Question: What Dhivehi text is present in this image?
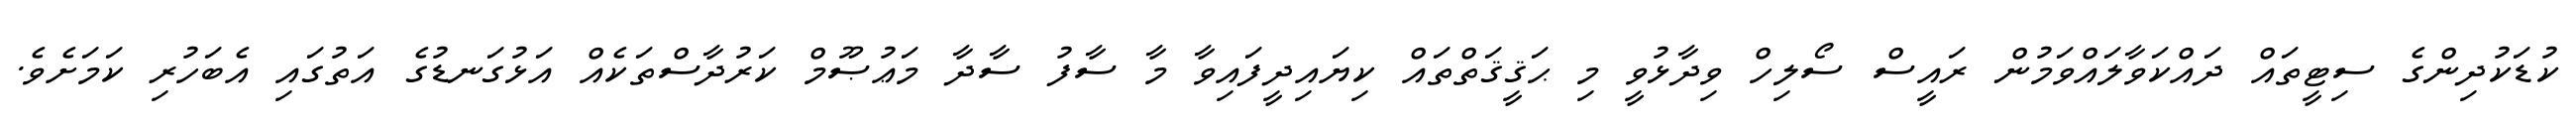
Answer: ކުޑަކުދިންގެ ސިޓީތައް ދައްކަވާލައްވަމުން ރައީސް ސޯލިހް ވިދާޅުވީ މި ޙަޤީޤަތްތައް ކިޔައިދީފައިވާ މާ ސާފު ސާދާ މަޢުޞޫމް ކަރުދާސްތަކެއް އަޅުގަނޑުގެ އަތުގައި އެބަހުރި ކަމަށެވެ.